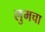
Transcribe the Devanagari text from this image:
लुमचा